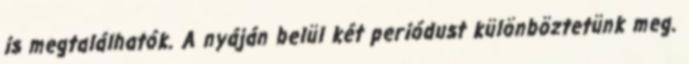
is megtalálhatók. A nyáján belül két periódust különböztetünk meg.